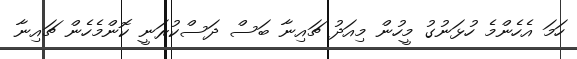
ހަމަ އެހެންމެ ހުޅަނުގު މީހުން މިއަދު ޗައިނާ ބަސް ދަސްކުރަނީ ކޮންމެހެން ޗައިނާ